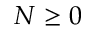
N \ge 0